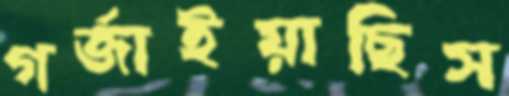
গর্জাইয়াছিস